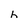
Character: h